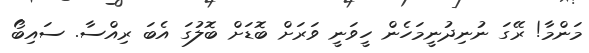
މަންމާ! ރޭގަ ނުނިދުނީމަހެން ހީވަނީ ވަރަށް ބޮޑަށް ބޮލުގަ އެބަ ރިއްސާ. ސައިބޯ